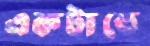
একটাতে